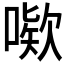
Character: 𫫙